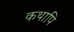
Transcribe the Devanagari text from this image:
कथापि